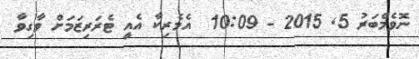
ނޮވެމްބަރު 5